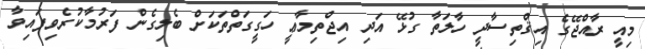
މިއީ ރާއްޖޭގެ އިޤްތިސާދީ ހާލަތާ ގުޅޭ އަދި އިޖްތިމާޢީ ހަގީގަތްތަކަށް ބެލިގެން ފަރުމާކުރެވިފައިވާ